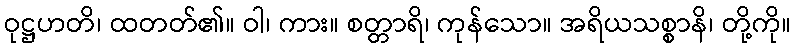
ဝုဋ္ဌဟတိ၊ ထတတ်၏။ ဝါ၊ ကား။ စတ္တာရိ၊ ကုန်သော။ အရိယသစ္စာနိ၊ တို့ကို။